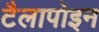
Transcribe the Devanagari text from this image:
टैलापोइन